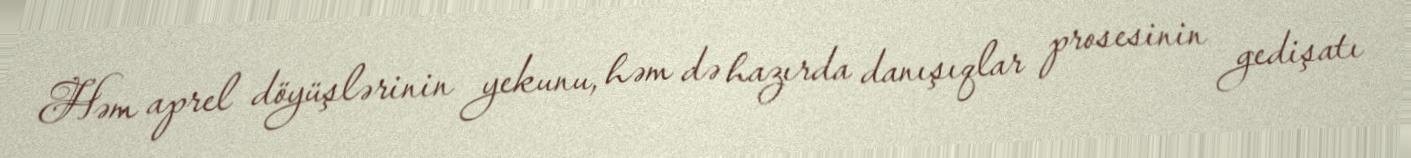
Həm aprel döyüşlərinin yekunu, həm də hazırda danışıqlar prosesinin gedişatı